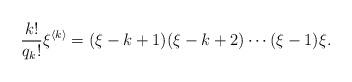
LaTeX: \begin{align*}\frac{k!}{q_k!}\xi^{\langle k \rangle}=(\xi-k+1)(\xi-k+2)\cdots (\xi-1)\xi.\end{align*}